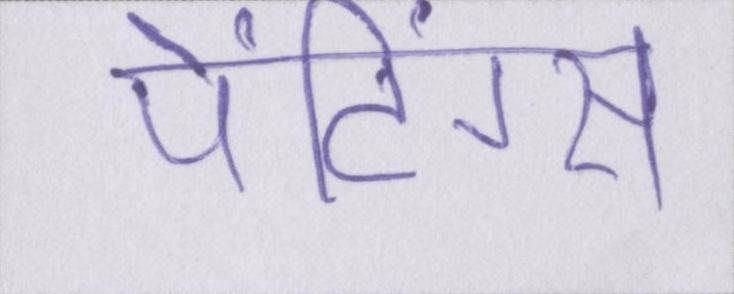
पेंटिंग्स